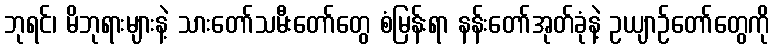
ဘုရင်၊ မိဘုရားများနဲ့ သားတော်သမီးတော်တွေ စံမြန်းရာ နန်းတော်အုတ်ခုံနဲ့ ဥယျာဉ်တော်တွေကို